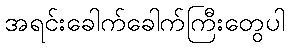
အရင်းခေါက်ခေါက်ကြီးတွေပါ